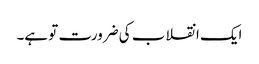
ایک انقلاب کی ضرورت تو ہے۔